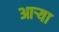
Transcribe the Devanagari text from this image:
आऱ्या